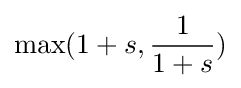
\max(1+s,{\frac {1}{1+s}})